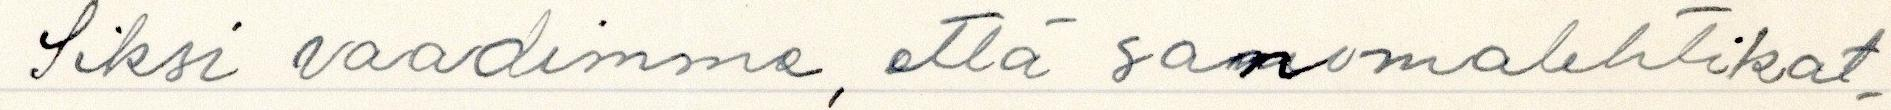
Siksi vaadimme, että sanomalehtikat-